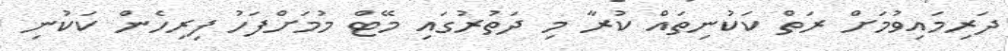
ދަރިމައިވުމަށް ރަތް ކަކުނިތައް ކުރާ މި ދަތުރުގައި މޭޓް މުމަށްފަހު ފިރިހެން ކަކުނި